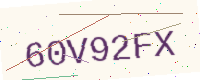
Text: 60V92FX